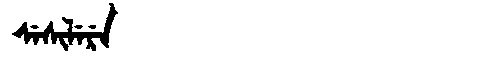
Manchu: ᠰᡝᠰᡳᠯᡝᡵᡝ
Romanization: SESILERE